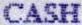
CASH